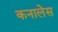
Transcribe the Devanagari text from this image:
कनालेस